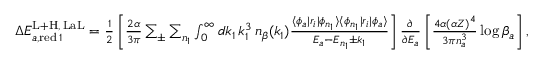
\begin{array} { r } { \Delta E _ { a , \mathrm { r e d } \, 1 } ^ { \mathrm { L + H } , \, \mathrm { L a L } } = \frac { 1 } { 2 } \left[ \frac { 2 \alpha } { 3 \pi } \sum _ { \pm } \sum _ { n _ { 1 } } \int _ { 0 } ^ { \infty } d k _ { 1 } \, k _ { 1 } ^ { 3 } \, n _ { \beta } ( k _ { 1 } ) \frac { \langle \phi _ { a } | r _ { i } | \phi _ { n _ { 1 } } \rangle \langle \phi _ { n _ { 1 } } | r _ { i } | \phi _ { a } \rangle } { E _ { a } - E _ { n _ { 1 } } \pm k _ { 1 } } \right] \frac { \partial } { \partial E _ { a } } \left[ \frac { 4 \alpha ( \alpha Z ) ^ { 4 } } { 3 \pi n _ { a } ^ { 3 } } \log \beta _ { a } \right] , } \end{array}